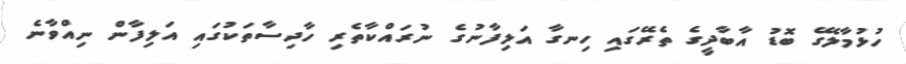
ހުޅުމާލޭގެ ބޮޑު އާބާދީގެ ތެރޭގައި ހިނގާ އަލިފާނުގެ ނުރައްކާތެރި ހާދިސާތަކުގައި އަލިފާން ނިއްވާނެ